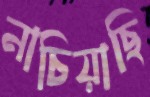
নাচিয়াছি